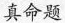
真命题